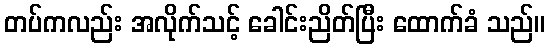
တပ်ကလည်း အလိုက်သင့် ခေါင်းညိတ်ပြီး ထောက်ခံ သည်။